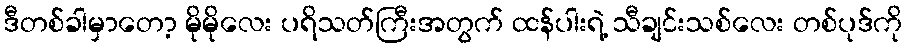
ဒီတစ်ခါမှာတော့ မိုမိုလေး ပရိသတ်ကြီးအတွက် ထန်ပါးရဲ့ သီချင်းသစ်လေး တစ်ပုဒ်ကို